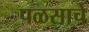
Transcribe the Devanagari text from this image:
पळसाचे